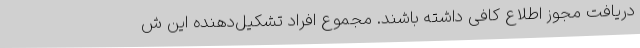
دریافت مجوز اطلاع کافی داشته باشند. مجموع افراد تشکیل‌دهنده این ش